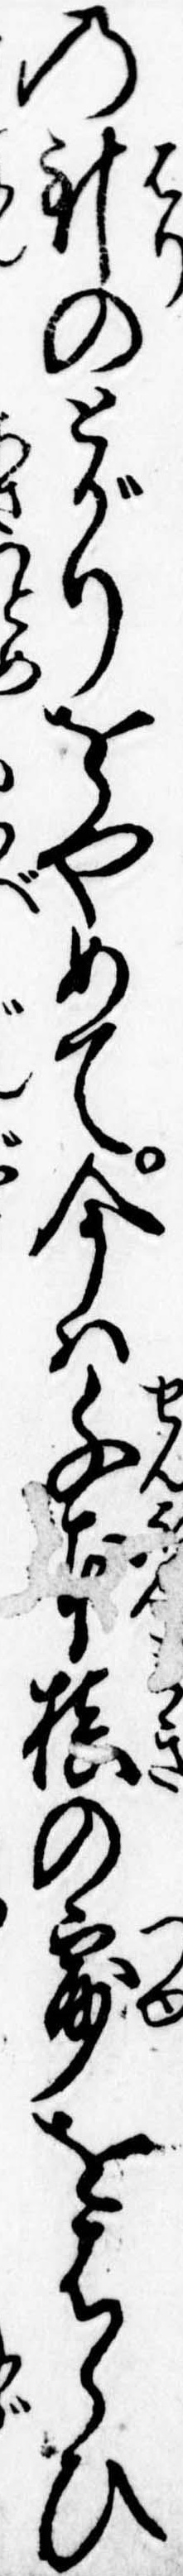
の針のとがりをやめて今は千本槙の露をはらひ